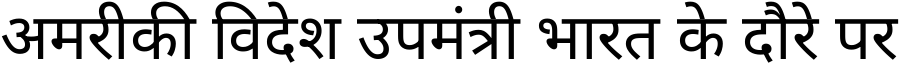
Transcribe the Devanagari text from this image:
अमरीकी विदेश उपमंत्री भारत के दौरे पर